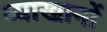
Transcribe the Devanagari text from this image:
व्याखानों